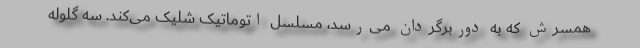
همسرش که به دوربرگردان می‌رسد، مسلسل اتوماتیک شلیک می‌کند. سه گلوله